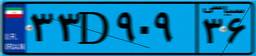
۹۴D۳۱۵۲۷